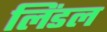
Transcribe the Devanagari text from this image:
लिंडल